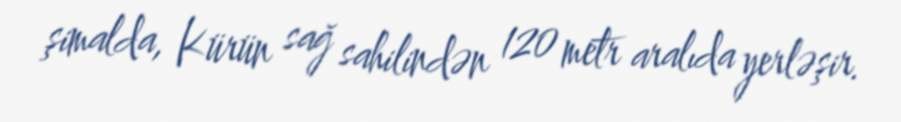
şimalda, Kürün sağ sahilindən 120 metr aralıda yerləşir.